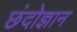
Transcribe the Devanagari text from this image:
छंदोज्ञान